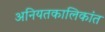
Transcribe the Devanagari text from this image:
अनियतकालिकांत